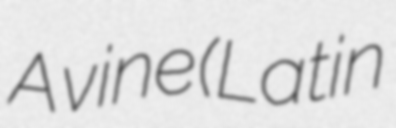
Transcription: A vine (Latin